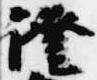
証